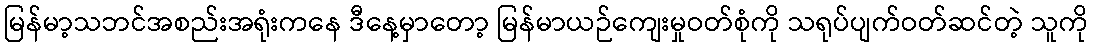
မြန်မာ့သဘင်အစည်းအရုံးကနေ ဒီနေ့မှာတော့ မြန်မာယဉ်ကျေးမှုဝတ်စုံကို သရုပ်ပျက်ဝတ်ဆင်တဲ့ သူကို